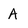
Character: A